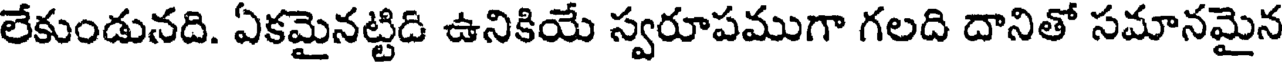
లేకుండునది. ఏకమైనట్టిది ఉనికియే స్వరూపముగా గలది దానితో సమానమైన